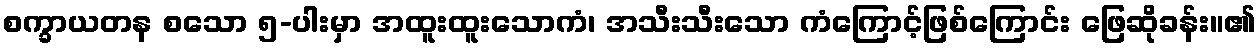
စက္ခာယတန စသော ၅-ပါးမှာ အထူးထူးသောကံ၊ အသီးသီးသော ကံကြောင့်ဖြစ်ကြောင်း ဖြေဆိုခန်း။၏